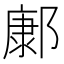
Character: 𨝎